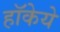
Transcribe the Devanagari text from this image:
हॉकेये